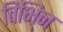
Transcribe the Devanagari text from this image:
विभि्न